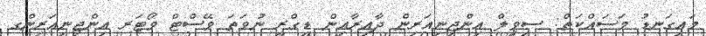
މައިގަނޑު މަސައްކަތް: ސިވިލް އިންޖިނިއަރިން ދާއިރާއިން ޑިގްރީ ނުވަތަ ވޭސްޓް ވޯޓަރ އިންޖިނިއަރިންގ